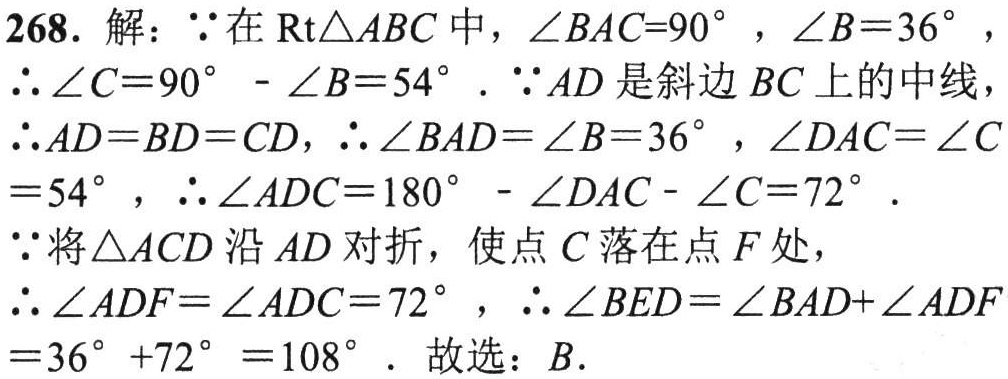
268. 解：\(\because\)在\(Rt\triangle ABC\)中，\(\angle BAC = 90^{\circ}\)，\(\angle B = 36^{\circ}\)，
\(\therefore\angle C = 90^{\circ}-\angle B = 54^{\circ}\). \(\because AD\)是斜边\(BC\)上的中线，
\(\therefore AD = BD = CD\)，\(\therefore\angle BAD=\angle B = 36^{\circ}\)，\(\angle DAC=\angle C = 54^{\circ}\)，\(\therefore\angle ADC = 180^{\circ}-\angle DAC-\angle C = 72^{\circ}\).
\(\because\)将\(\triangle ACD\)沿\(AD\)对折，使点\(C\)落在点\(F\)处，
\(\therefore\angle ADF=\angle ADC = 72^{\circ}\)，\(\therefore\angle BED=\angle BAD+\angle ADF = 36^{\circ}+72^{\circ}=108^{\circ}\). 故选：\(B\).